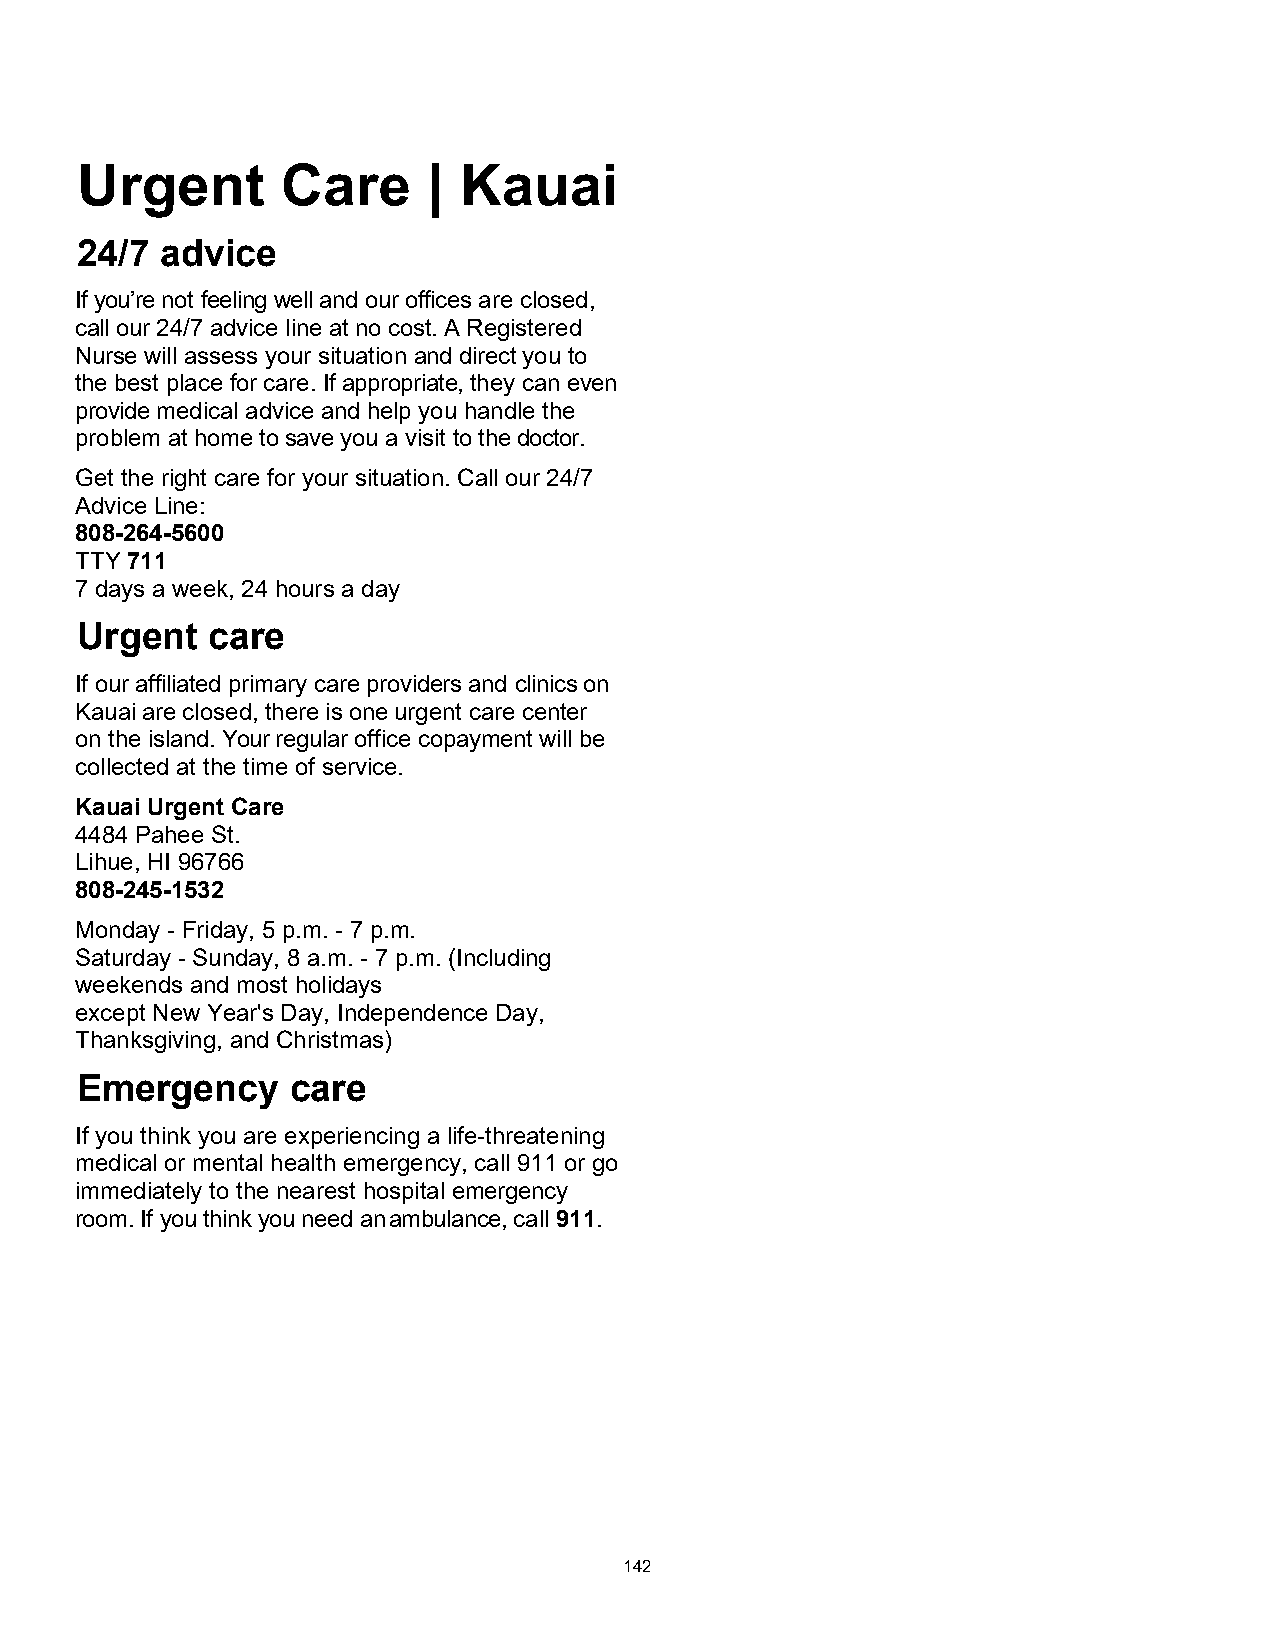
Urgent        Care     | Kauai
 24/7  advice
 If you’re not feeling well and our offices are closed,
 call our 24/7 advice line at no cost. A Registered
 Nurse will assess your situation and direct you to
 the best place for care. If appropriate, they can even
 provide medical advice and help you handle the
 problem at home to save you a visit to the doctor.
 Get the right care for your situation. Call our 24/7
 Advice Line:
 808-264-5600
 TTY 711
 7 days a week, 24 hours a day
 Urgent   care
 If our affiliated primary care providers and clinics on
 Kauai are closed, there is one urgent care center
 on the island. Your regular office copayment will be
 collected at the time of service.
 Kauai Urgent Care
 4484 Pahee St.
 Lihue, HI 96766
 808-245-1532
 Monday - Friday, 5 p.m. - 7 p.m.
 Saturday - Sunday, 8 a.m. - 7 p.m. (Including
 weekends and most holidays
 except New Year's Day, Independence Day,
 Thanksgiving, and Christmas)
 Emergency     care
 If you think you are experiencing a life-threatening
 medical or mental health emergency, call 911 or go
 immediately to the nearest hospital emergency
 room. If you think you need an ambulance, call 911.
 142